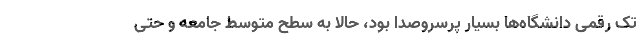
تک رقمی دانشگاه‌ها بسیار پرسروصدا بود، حالا به سطح متوسط جامعه و حتی